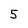
Character: 5